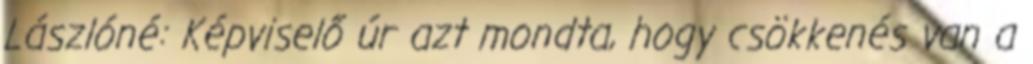
Lászlóné: Képviselő úr azt mondta, hogy csökkenés van a